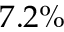
7 . 2 \%